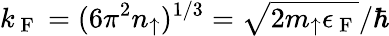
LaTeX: k_{\mathrm{~F~}}=(6\pi^{2}n_{\uparrow})^{1/3}=\sqrt{2m_{\uparrow}\epsilon_{\mathrm{~F~}}}/\hbar